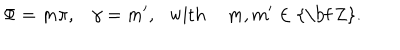
\Phi = m \pi , \, \, \, \, \, \gamma = m ^ { \prime } , \, \, \, \, \mathrm { w i t h } \, \, \, \, \, \, \, m , m ^ { \prime } \in \mathrm { { \bf ~ Z } } .